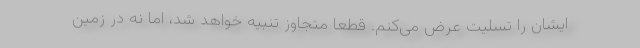
ایشان را تسلیت عرض می‌کنم. قطعا متجاوز تنبیه خواهد شد، اما نه در زمین